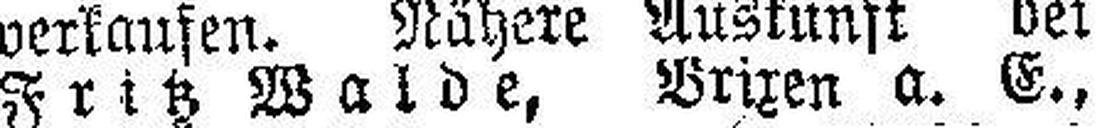
Fritz Walde, Brixen a. E.,